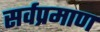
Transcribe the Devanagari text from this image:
सर्वप्रमाण